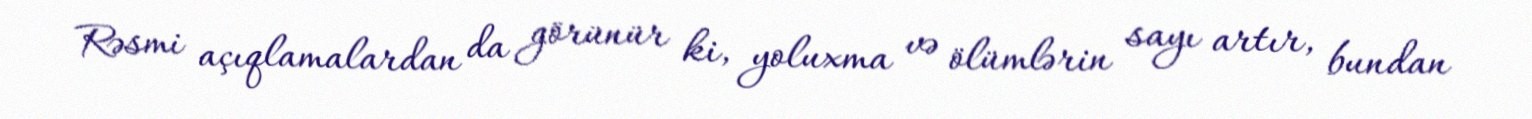
Rəsmi açıqlamalardan da görünür ki, yoluxma və ölümlərin sayı artır, bundan